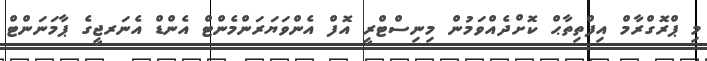
މި ޕްރޮގްރާމް އިފްތިތާޙް ކޮށްދެއްވަމުން މިނިސްޓްރީ އޮފް އެންވަޔަރަންމެންޓް އެންޑް އެނަރޖީގެ ޕާމަނަންޓް